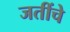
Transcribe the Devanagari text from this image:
जतींचे